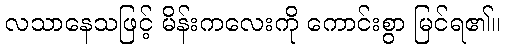
လသာနေသဖြင့် မိန်းကလေးကို ကောင်းစွာ မြင်ရ၏။